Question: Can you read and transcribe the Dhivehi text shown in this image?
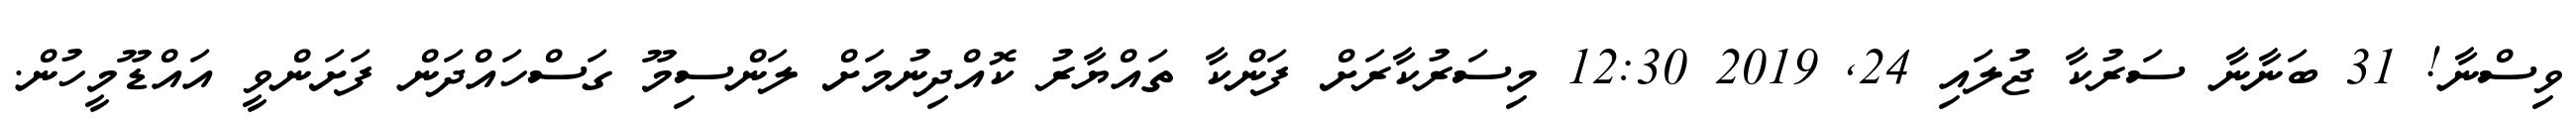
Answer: ވިސްނާ! 31 ބަނާނާ ސަރުކާ ޖުލައި 24, 2019 12:30 މިސަރުކާރަށް ފަންކާ ތައްޔާރު ކޮއްދިނުމަށް ލަންސިމޫ ގަސްހައްދަން ފަށަންވީ އައްޑޫމީހުން.